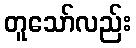
တူသော်လည်း